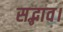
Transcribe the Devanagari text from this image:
सद्भाव।